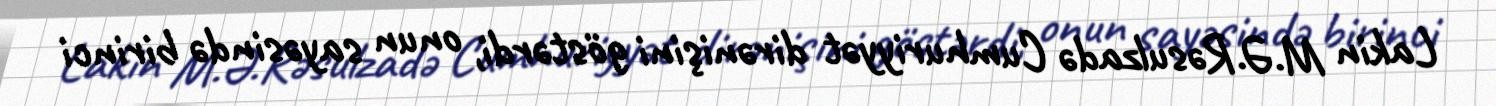
Lakin M.Ə.Rəsulzadə Cumhuriyyət dirənişini göstərdi, onun sayəsində birinci